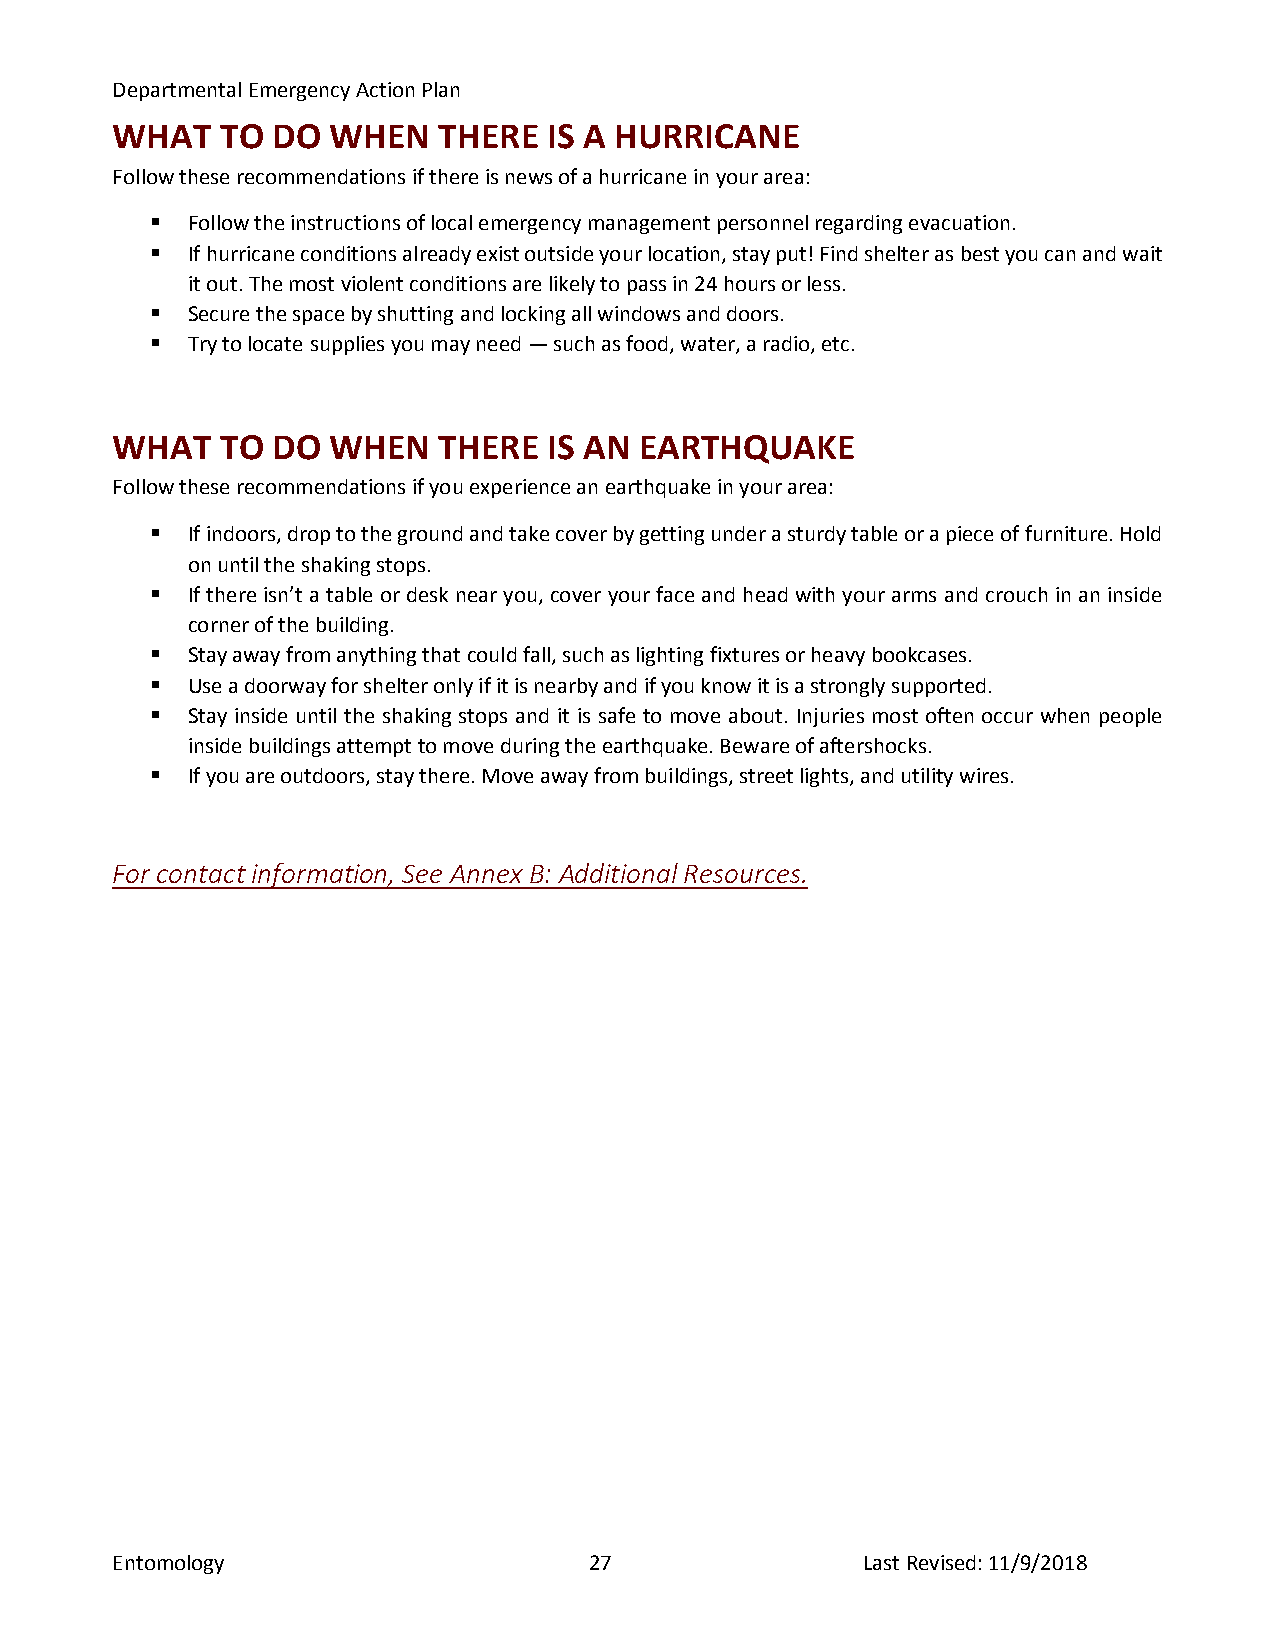
Departmental Emergency Action Plan
 WHAT    TO DO  WHEN   THERE  IS A HURRICANE
 Follow these recommendations if there is news of a hurricane in your area:
  Follow the instructions of local emergency management personnel regarding evacuation.
  If hurricane conditions already exist outside your location, stay put! Find shelter as best you can and wait
 it out. The most violent conditions are likely to pass in 24 hours or less.
  Secure the space by shutting and locking all windows and doors.
  Try to locate supplies you may need — such as food, water, a radio, etc.
 WHAT    TO DO  WHEN   THERE  IS AN EARTHQUAKE
 Follow these recommendations if you experience an earthquake in your area:
  If indoors, drop to the ground and take cover by getting under a sturdy table or a piece of furniture. Hold
 on until the shaking stops.
  If there isn’t a table or desk near you, cover your face and head with your arms and crouch in an inside
 corner of the building.
  Stay away from anything that could fall, such as lighting fixtures or heavy bookcases.
  Use a doorway for shelter only if it is nearby and if you know it is a strongly supported.
  Stay inside until the shaking stops and it is safe to move about. Injuries most often occur when people
 inside buildings attempt to move during the earthquake. Beware of aftershocks.
  If you are outdoors, stay there. Move away from buildings, street lights, and utility wires.
 For contact information, See Annex B: Additional Resources.
 Entomology                      27                Last Revised: 11/9/2018